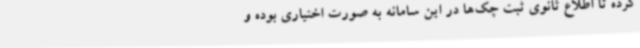
کرده تا اطلاع ثانوی ثبت چک‌ها در این سامانه به صورت اختیاری بوده و